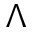
\Lambda